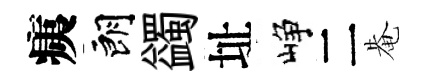
痍朗蠲址峥二𤲅